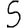
Digit: 5